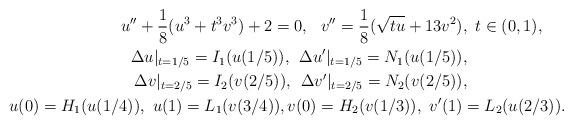
LaTeX: \begin{align*}\begin{aligned} u''+\frac{1}{8}(u^3+t^3v^3)+ 2=0,\,\,\,\,v''=\frac{1}{8}(\sqrt{tu}+13v^2)&,\ t \in (0,1), \\\Delta u|_{t=1/5}=I_1(u(1/5)), \;\,\Delta u'|_{t=1/5}=N_1(u(1/5))&,\\\Delta v|_{t=2/5}=I_2(v(2/5)), \;\,\Delta v'|_{t=2/5}=N_2(v(2/5))&,\\u(0)=H_{1}(u(1/4)),\ u(1)=L_{1}(v(3/4)), v(0)=H_{2}(v(1/3)),\ v^{\prime}(1)&=L_{2}(u(2/3)).\\\end{aligned}\end{align*}